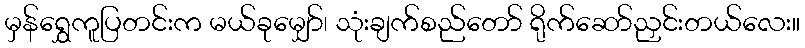
မှန်ရွှေကူပြတင်းက မယ်ခုမျှော်၊ သုံးချက်စည်တော် ရိုက်ဆော်ညှင်းတယ်လေး။